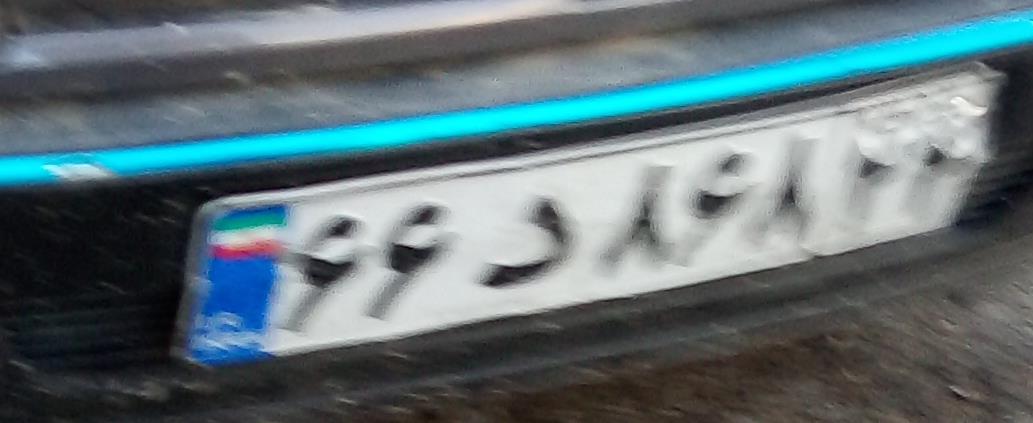
۶۶د۸۶۸۲۴